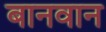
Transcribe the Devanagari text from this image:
बानवान